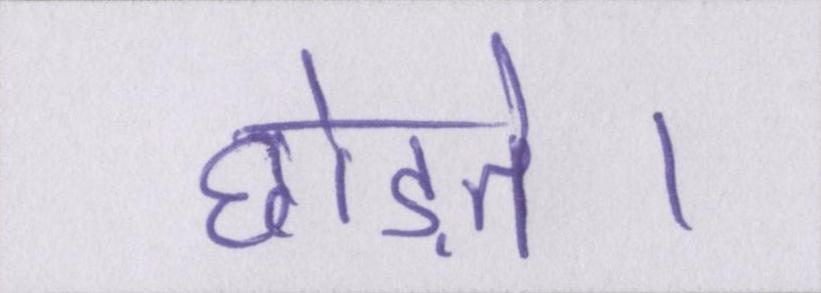
छोड़ते।